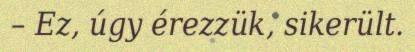
– Ez, úgy érezzük, sikerült.